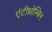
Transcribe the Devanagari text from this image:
एंटीथ्रोम्बिन